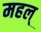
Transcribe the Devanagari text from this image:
महल्